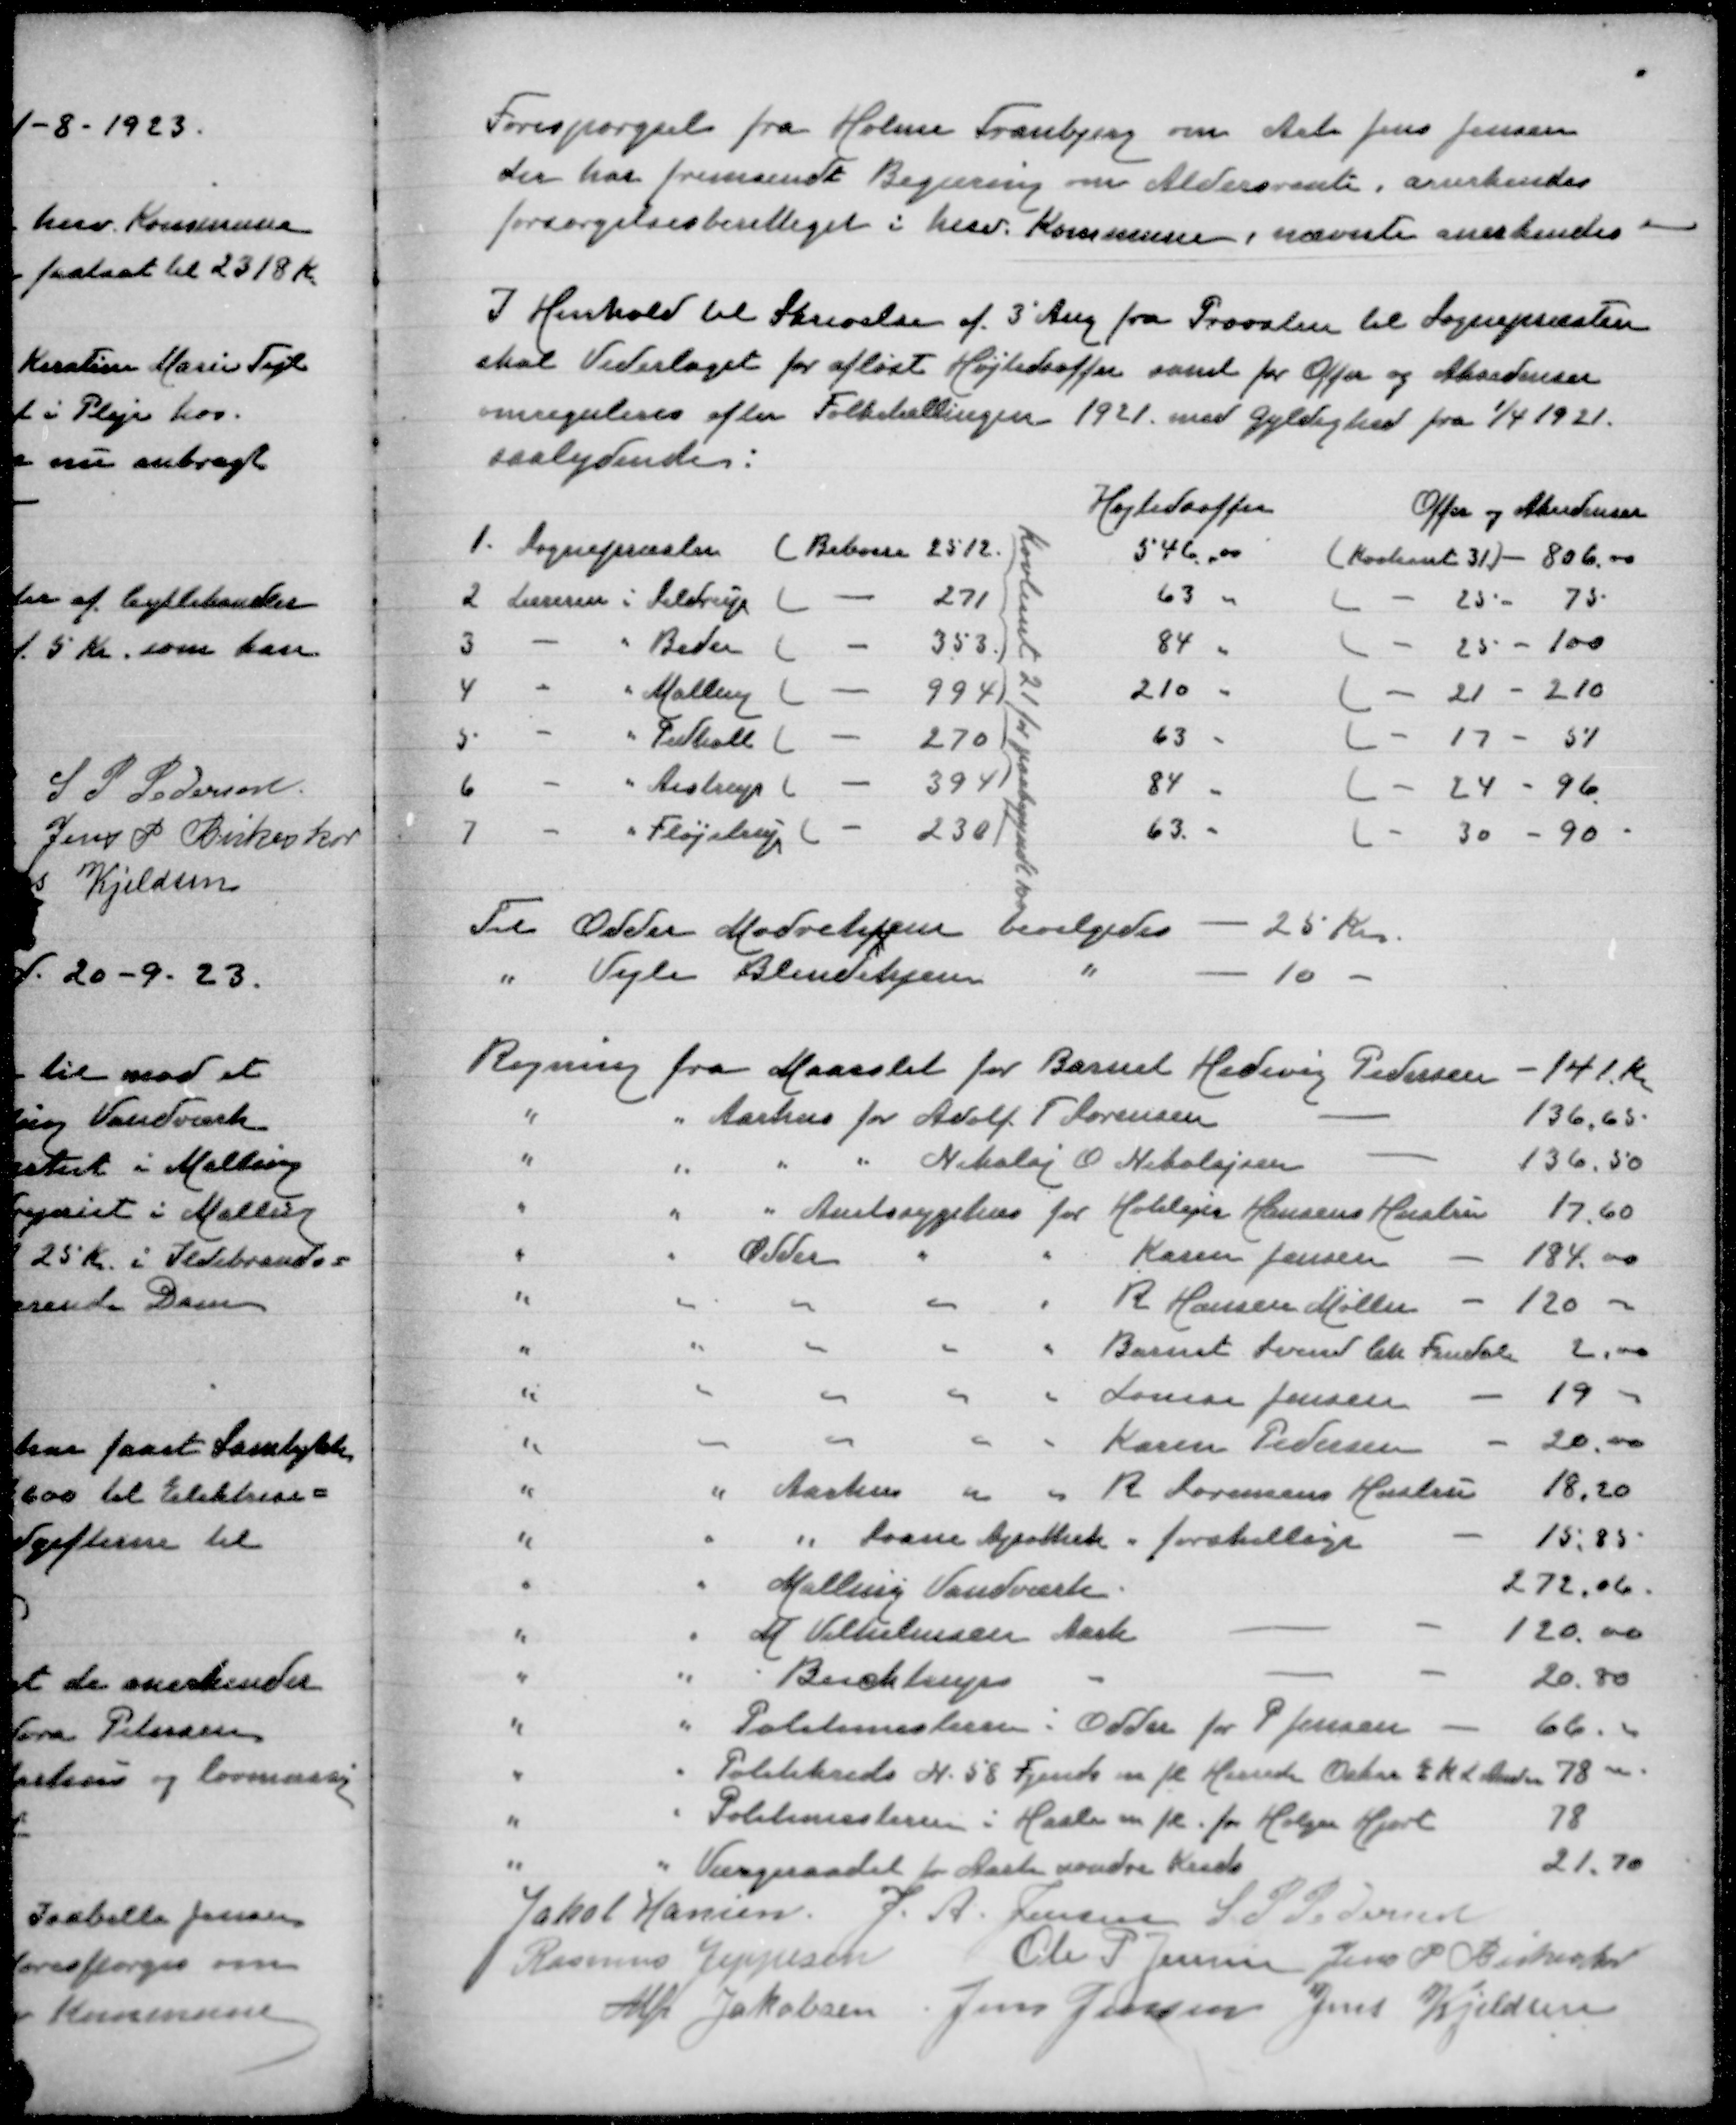
Transskription:
Forespørgsel fra Holme Tranbjerg om Arb Jens Jensen
der har fremsendt Begæring om Aldersrente, anerkendes
forsørgelsesberettiget i herv Kommune, nævnte anerkendes

I Henhold Til Skrivelse af 3' August fra Provsten til Sognepræsten
skal Vederlaget for afløst Højtidsoffer samt for Offer og Akcidenser
omreguleres efter Folketællingen 1921 med Gyldighed fra 1/4 1921
saalydende:

Regning fra Maaarslet for Barnet Hedevig Pedersen
141 Kr
" " Aarhus for Adolf T Sørensen
136,65
" " " " Nikolaj O Nikolajsen
136,50
" " " Amtsygehus for Hotelejer Hansens Hustru
17,60
" " Odder " " Karen Jensen
184,00
" " " " " R Hansen Møller
120,00
" " " " " Barnet Svend Chr Frudal
2,00
" " " " " Louise Jensen
19,00
" " " " " Karen Pedersen
20,00
" " Aarhus " " R Sørensens Hustru
18,20
" " " Svane Apothek " forskellige
15,85
" " Malling Vanværk
272,06
" " M Vilhelmsen Aarh
120,00
" "  Aarh
20,80
" " Politimesteren i Odder for P Jensen
66
" " Politikreds N 58 Fjends m fl Herreder Oskar E K L Ander
78,00
" " Politimesteren i Hasle m fl for Holger Hjort
78
" " Værgeraadet for Aarh nordre Kreds
21,70
Jakob Hansen
J A Jensen
S P Pedersen
Rasmus Jeppesen
Ole P Jensen
Jens P Birkeskov
Alfr Jakobsen
Jens Jensen
Jens Kjeldsen